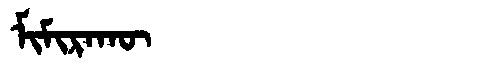
Manchu: ᠮᡳᠮᡳᡵᠠᡴᡡ
Romanization: MIMIRAKŪ